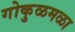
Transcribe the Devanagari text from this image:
गोकुळमळा